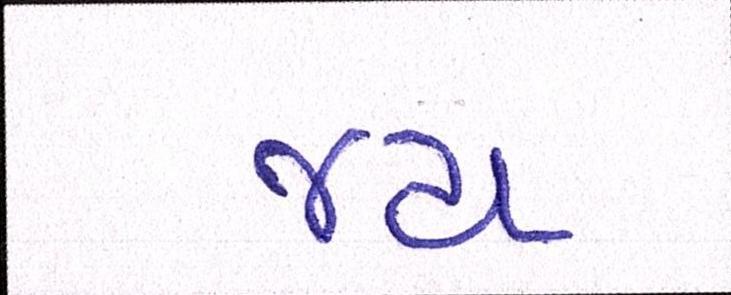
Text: જય